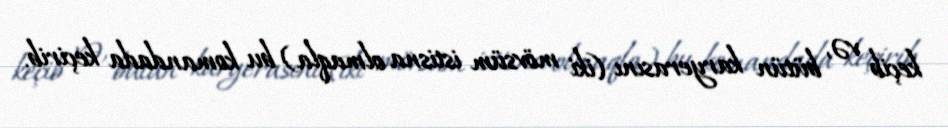
keçib və, bütün karyerasını (iki mövsüm istisna olmaqla) bu komandada keçirib.